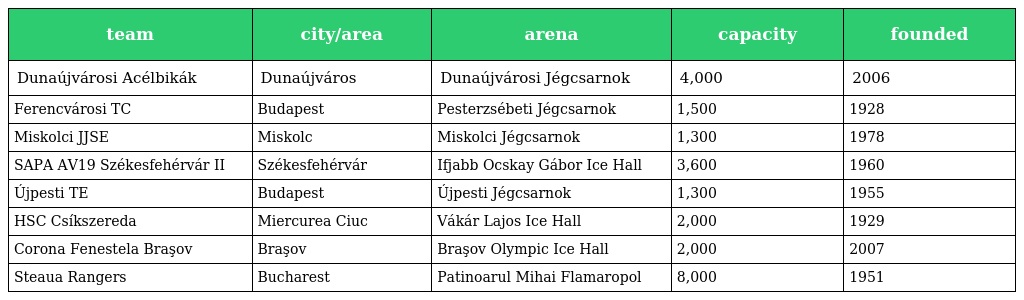
| team | city/area | arena | capacity | founded |
 | --- | --- | --- | --- | --- |
 | Dunaújvárosi Acélbikák | Dunaújváros | Dunaújvárosi Jégcsarnok | 4,000 | 2006 |
 | Ferencvárosi TC | Budapest | Pesterzsébeti Jégcsarnok | 1,500 | 1928 |
 | Miskolci JJSE | Miskolc | Miskolci Jégcsarnok | 1,300 | 1978 |
 | SAPA AV19 Székesfehérvár II | Székesfehérvár | Ifjabb Ocskay Gábor Ice Hall | 3,600 | 1960 |
 | Újpesti TE | Budapest | Újpesti Jégcsarnok | 1,300 | 1955 |
 | HSC Csíkszereda | Miercurea Ciuc | Vákár Lajos Ice Hall | 2,000 | 1929 |
 | Corona Fenestela Braşov | Braşov | Braşov Olympic Ice Hall | 2,000 | 2007 |
 | Steaua Rangers | Bucharest | Patinoarul Mihai Flamaropol | 8,000 | 1951 |